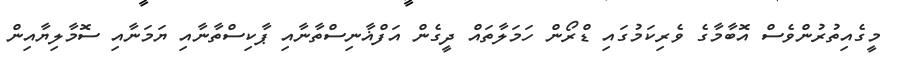
މީގެއިތުރުންވެސް އޮބާމާގެ ވެރިކަމުގައި ޑްރޯން ހަމަލާތައް ދީގެން އަފްޣާނިސްތާނާއި ޕާކިސްތާނާއި ޔަމަނާއި ސޮމާލިޔާއިން